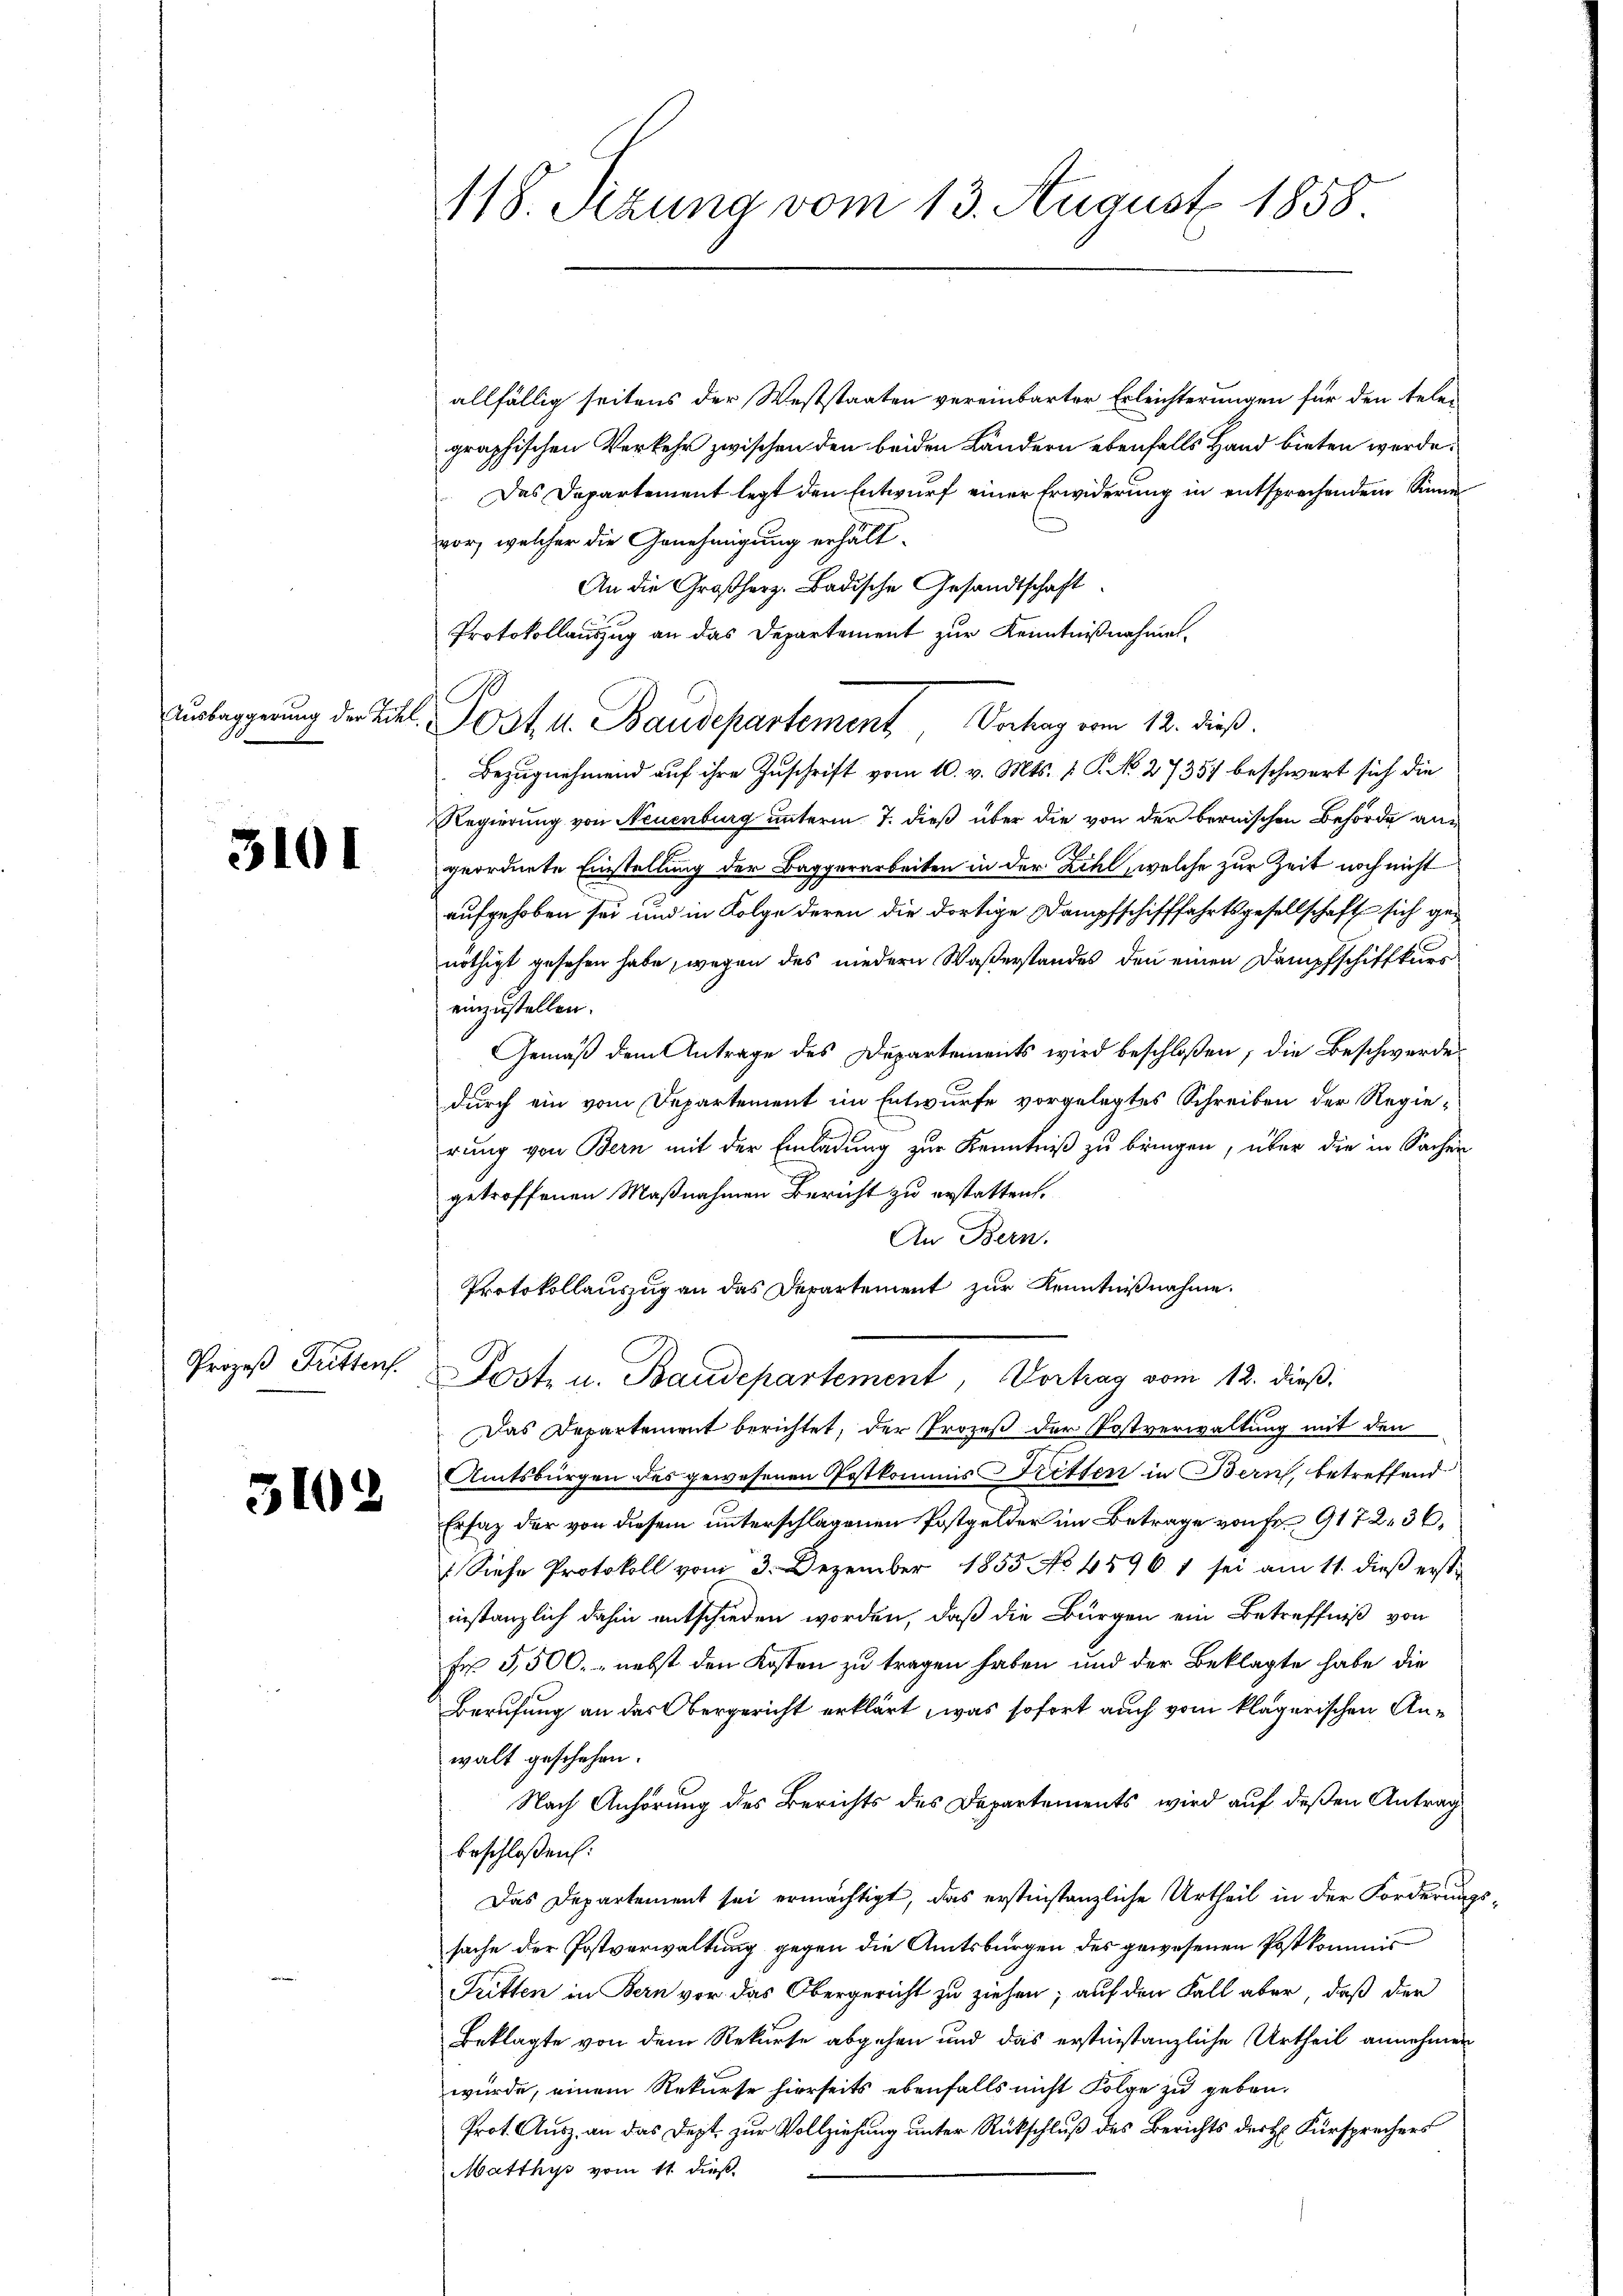
3101

Prozeß Trittens.

3102

118. Sitzung vom 13. August 1858

B

allfällig seitens der Weststaaten vereinbarter Erleichterungen für den telen
graphischen Verkehr zwischen den beiden Ländern ebenfalls Hand bieten werde.
Das Departement legt den Entwurf einer Erwiderung in entsprechendem Sinne
vor, welcher die Genehmigung erhält¬
An die Großherz. Badische Gesandtschaft
Protokollauszug an das Departement zur Kenntnißnahmen¬
Bezugnehmend auf ihre Zuschrift vom 10. v. Mts. 1 P. No. 27357 beschwert sich die
Regierung von Neuenburg unterm 7. dieß über die von der bernischen Behörde angeordnete Einstellung der Baggerarbeiten in der Zihl, welche zur Zeit noch nicht
aufgehoben sei und in Folge deren die dortige Dampfschifffahrtsgesellschaft sich genöthigt gesehen habe, wegen des niedern Waßerstandes den einen Dampfschiffkurs
einzustellen.
Gemäß dem Antrage des Departements wird beschloßen; die Beschwerde
durch ein vom Departement im Entwurfe vorgelegtes Schreiben der Regie-
rung von Bern mit der Einladung zur Kenntniß zu bringen, über die in Sachen
getroffenen Maßnahmen Bericht zu erstatten.
An Bern.
Protokollauszug an das Departement zur Kenntnißnahme.
Post u. Baudepartement, Vortrag vom 12. dieß:
Das Departement berichtet, der Prozeß der Postverwaltung mit den
Amtsbürgen des gewesenen Postkommis Ritten in Bern, betreffend
Ersatz der von diesem unterschlagenen Postgelder im Betrage von Fr. 9172. 36,
diese Protokoll vom 3. Dezember 1855 No 4596 1 sei am 11. dieβ erst
instanzlich dahin entschieden worden, daß die Bürgen ein Betreffniß von
fr 5,500.- nebst den Kosten zu tragen haben und der Beklagte habe die
Berufung an das Obergericht erklärt, was sofort auch vom klägerischen Anwalt geschehen.
Nach Anhörung des Berichts des Departements wird auf deßen Antrag
beschloßen:
Das Departement sei ermächtigt, das erstinstanzliche Urtheil in der Forderung
sache der Postverwaltung gegen die Amtsbürgen des gewesenen Postkommis¬
Tritten in Bern vor das Obergericht zu ziehen; auf den Fall aber, daß der
Beklagte von dem Rekurse abgehen und das erstinstanzliche Urtheil annehmen
würde, einem Rekurse hierseits ebenfalls nicht Folge zu geben,
Prot. Ausz, an das Dept zur Vollziehung unter Rückschluß des Berichts der H. Fürsprechers
Matthys vom 11. dieß.

Ausleggerung der Titel. Post. A. Baudepartement Verhag vom 12. dieß.